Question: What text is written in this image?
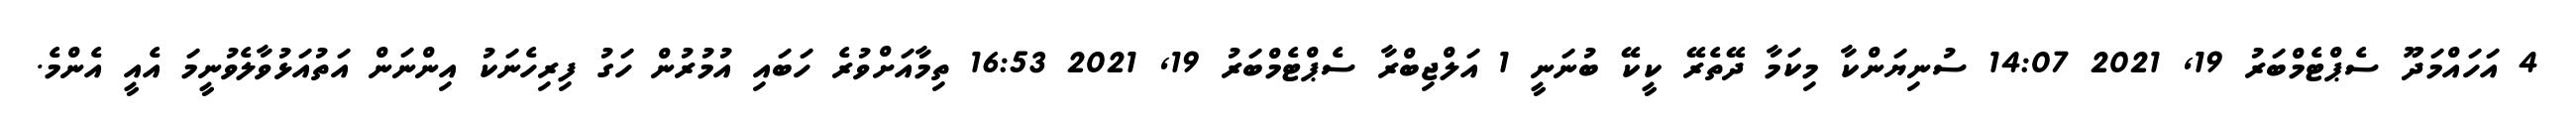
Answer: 4 އަހައްމަދޫ ސެޕްޓެމްބަރު 19, 2021 14:07 ސުނިޔަންކާ މިކަމާ ދޭތެރޭ ކީކޭ ބުނަނީ 1 އަލްޖިބްރާ ސެޕްޓެމްބަރު 19, 2021 16:53 ތިމާއަށްވުރެ ހަބައި އުމުރުން ހަގު ފިރިހެނަކު އިންނަން އަތުއަޅުވާލެވުނީމަ އެއީ އެންމެ.